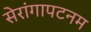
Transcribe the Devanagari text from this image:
सेरांगापटनम